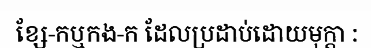
ខ្សែ-កឬកង-ក ដែលប្រដាប់ដោយមុក្តា :